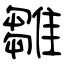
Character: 雛